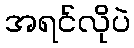
အရင်လိုပဲ